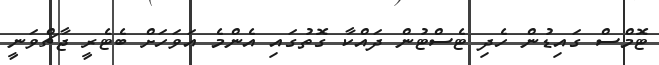
ޓޮމްސް ގައިޑުން ހެދި ޓެސްޓުން ދައްކާ ގޮތުގައި އެންމެ އަވަހަށް ބެޓެރީ ޖާޗްވަނީ